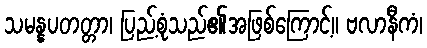
သမန္နပတတ္တာ၊ ပြည့်စုံသည်၏အဖြစ်ကြောင့်။ ဗလာနီကံ၊